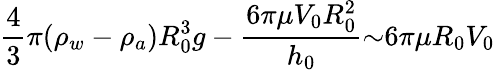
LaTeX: \frac{4}{3}{\pi}({\rho}_{w}-{\rho}_{a})R_{0}^{3}g-\frac{6{\pi}{\mu}V_{0}R_{0}^{2}}{h_{0}}{\sim}6{\pi}{\mu}R_{0}V_{0}